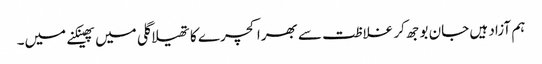
ہم آزاد ہیں جان بوجھ کر غلاظت سے بھرا کچرے کا تھیلا گلی میں پھینکنے میں۔